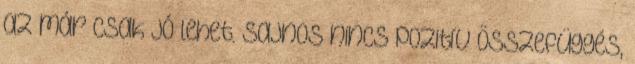
az már csak jó lehet. Sajnos nincs pozitív összefüggés,